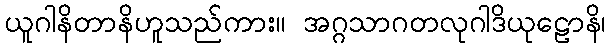
ယူဂါနိတာနိဟူသည်ကား။ အဂ္ဂသာဂတလုဂါဒိယုဠောနိ၊